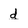
Character: d